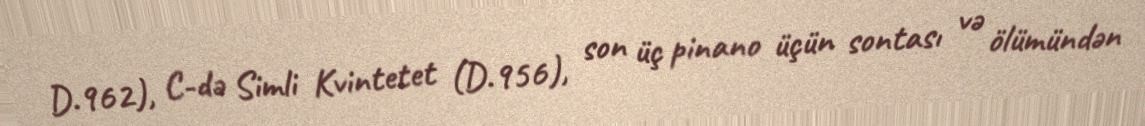
D.962), C-də Simli Kvintetet (D.956), son üç pinano üçün sontası və ölümündən